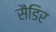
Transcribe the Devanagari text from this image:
सैडिर